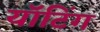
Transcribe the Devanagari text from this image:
यॉटिंग